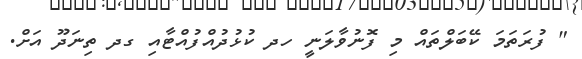
" ފުރަތަމަ ކޭބަލްތައް މި ފޮނުވާލަނީ ހދ ކުޅުދުއްފުއްޓާއި ގދ ތިނަދޫ އަށް.